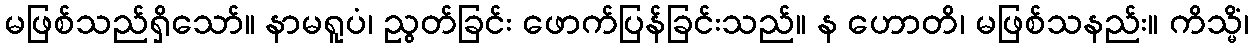
မဖြစ်သည်ရှိသော်။ နာမရူပံ၊ ညွတ်ခြင်း ဖောက်ပြန်ခြင်းသည်။ န ဟောတိ၊ မဖြစ်သနည်း။ ကိသ္မိံ၊